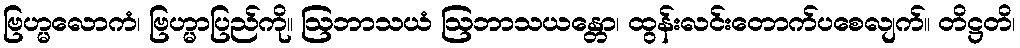
ဗြဟ္မလောကံ၊ ဗြဟ္မာပြည်ကို။ ဩဘာသယံ ဩဘာသယန္တော၊ ထွန်းလင်းတောက်ပစေလျက်။ တိဋ္ဌတိ၊